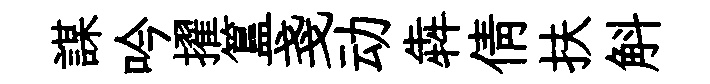
謀吟擢簋戔动犇倩扶斛